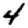
Digit: 4